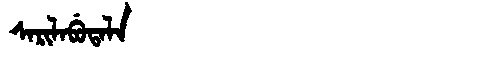
Manchu: ᠰᠠᡵᡳᠯᠠᠪᡠᡨᠠᠯᠠ
Romanization: SARILABUTALA